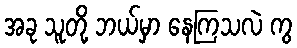
အခု သူတို့ ဘယ်မှာ နေကြသလဲ ကွ